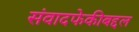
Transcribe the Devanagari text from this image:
संवादफेकीबद्दल